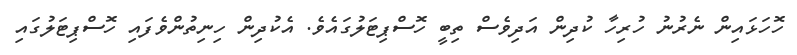
ހޮހަޅައިން ނެރުނު ހުރިހާ ކުދިން އަދިވެސް ތިބީ ހޮސްޕިޓަލުގައެވެ. އެކުދިން ހިނިތުންވެފައި ހޮސްޕިޓަލުގައި